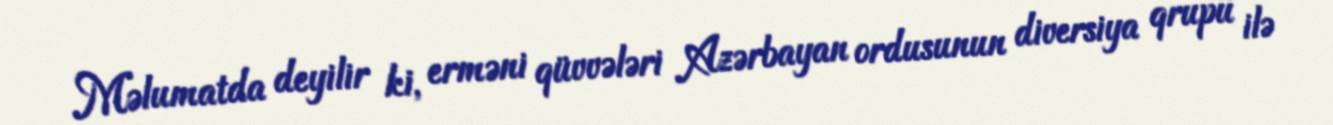
Məlumatda deyilir ki, erməni qüvvələri Azərbayan ordusunun diversiya qrupu ilə